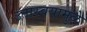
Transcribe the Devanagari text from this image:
उतारवयामुळे